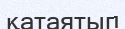
қатаятып